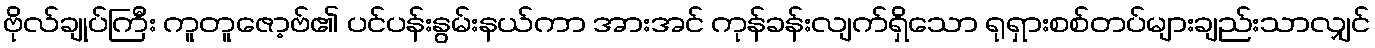
ဗိုလ်ချုပ်ကြီး ကူတူဇော့ဗ်၏ ပင်ပန်းနွမ်းနယ်ကာ အားအင် ကုန်ခန်းလျက်ရှိသော ရုရှားစစ်တပ်များချည်းသာလျှင်